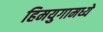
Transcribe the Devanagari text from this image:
हिमयुगामध्ये